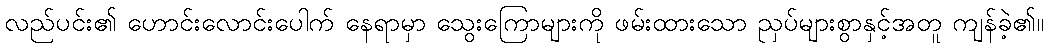
လည်ပင်း၏ ဟောင်းလောင်းပေါက် နေရာမှာ သွေးကြောများကို ဖမ်းထားသော ညှပ်များစွာနှင့်အတူ ကျန်ခဲ့၏။